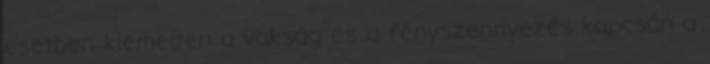
esetben kiemelten a vakság és a fényszennyezés kapcsán a